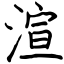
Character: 渲